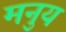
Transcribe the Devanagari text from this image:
मनुय